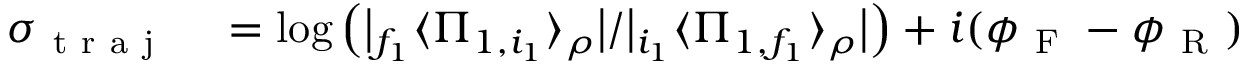
\begin{array} { r l } { \sigma _ { \mathrm { ~ t ~ r ~ a ~ j ~ } } } & { { } = \log \left( \big \lvert { } _ { f _ { 1 } } \langle \Pi _ { 1 , i _ { 1 } } \rangle _ { \rho } \big \rvert / \big \lvert { } _ { i _ { 1 } } \langle \Pi _ { 1 , f _ { 1 } } \rangle _ { \rho } \big \rvert \right) + i ( \phi _ { \mathrm { ~ F ~ } } - \phi _ { \mathrm { ~ R ~ } } ) } \end{array}